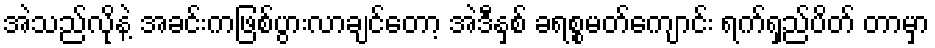
အဲသည်လိုနဲ့ အခင်းကဖြစ်ပွားလာချင်တော့ အဲဒီနှစ် ခရစ္စမတ်ကျောင်း ရက်ရှည်ပိတ် တာမှာ